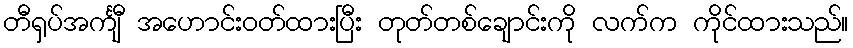
တီရှပ်အင်္ကျီ အဟောင်းဝတ်ထားပြီး တုတ်တစ်ချောင်းကို လက်က ကိုင်ထားသည်။